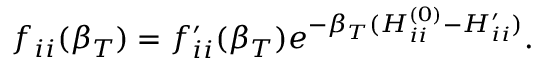
f _ { i i } ( \beta _ { T } ) = f _ { i i } ^ { \prime } ( \beta _ { T } ) e ^ { - \beta _ { T } ( H _ { i i } ^ { ( 0 ) } - H _ { i i } ^ { \prime } ) } .